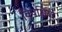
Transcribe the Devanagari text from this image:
विपक्षियो